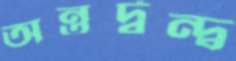
অন্তর্দ্বন্দ্ব